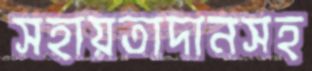
সহায়তাদানসহ